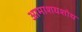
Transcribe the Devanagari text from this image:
आमाशयशोथ